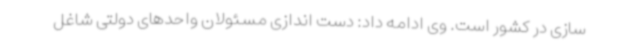
سازی در کشور است. وی ادامه داد: دست اندازی مسئولان واحدهای دولتی شاغل